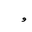
Letter: _waw